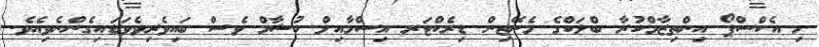
މި އެކްސްޕޯ އިންތިޒާމްކުރާ ބްލަކްގެ މެނޭޖިން ޑިރެކްޓަރ އިސްމާއިލް ހުޝާމް ވެސް ބައިވެރިވެވަޑައިގެންނެވިއެވެ.